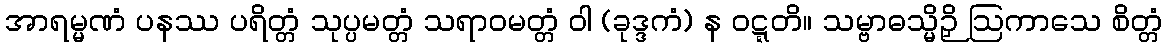
အာရမ္မဏံ ပနဿ ပရိတ္တံ သုပ္ပမတ္တံ သရာဝမတ္တံ ဝါ (ခုဒ္ဒကံ) န ဝဋ္ဋတိ။ သမ္ဗာဓသ္မိဉှိ ဩကာသေ စိတ္တံ